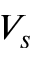
V _ { s }